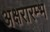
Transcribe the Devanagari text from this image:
अक्षरारम्भ